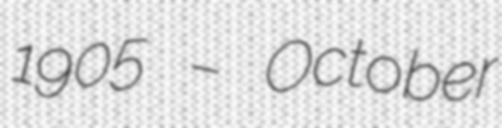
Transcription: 1905 – October